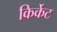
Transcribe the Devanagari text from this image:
किर्केट